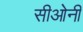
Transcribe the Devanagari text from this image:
सीओनी